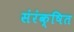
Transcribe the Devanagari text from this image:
संरंक्षित